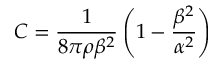
C = \frac { 1 } { 8 \pi \rho \beta ^ { 2 } } \left( 1 - \frac { \beta ^ { 2 } } { \alpha ^ { 2 } } \right)